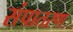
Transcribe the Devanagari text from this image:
संपातरण